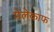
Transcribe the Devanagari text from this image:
मेलेकाफ